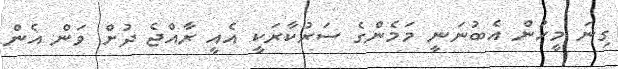
ގިނަ މީހުން އެބުނަނީ މަމެންގެ ސަރުކާރަކީ އެއީ ރާއްޖެ ދުށް ވަން އެން